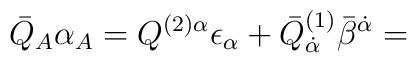
{\bar{Q}}_A \alpha_A = Q^{(2) \alpha} \epsilon_{\alpha} +{\bar{Q}}^{(1)}_{{\dot{\alpha}}} {\bar{\beta}}^{{\dot{\alpha}}}=